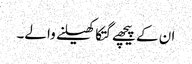
ان کے پیچھے گتکا کھیلنے والے۔